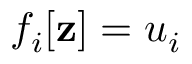
f _ { i } [ \mathbf { z } ] = u _ { i }